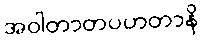
အဝါတာတပဟတာနိ